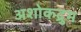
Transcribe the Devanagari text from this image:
अशोकद्रुम